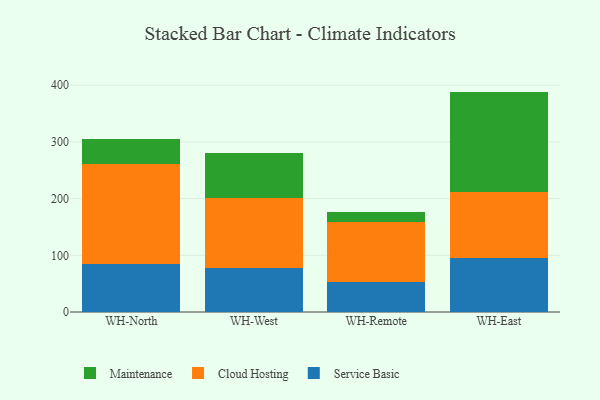
{"axis": {"x": "Warehouse", "y": "Energy Usage (MWh)"}, "legend": ["Cloud Hosting", "Maintenance", "Service Basic"], "data": [{"x": "WH-North", "y": 84.3, "type": "Service Basic"}, {"x": "WH-North", "y": 176.8, "type": "Cloud Hosting"}, {"x": "WH-North", "y": 44.3, "type": "Maintenance"}, {"x": "WH-West", "y": 77.0, "type": "Service Basic"}, {"x": "WH-West", "y": 123.9, "type": "Cloud Hosting"}, {"x": "WH-West", "y": 79.0, "type": "Maintenance"}, {"x": "WH-Remote", "y": 52.1, "type": "Service Basic"}, {"x": "WH-Remote", "y": 107.1, "type": "Cloud Hosting"}, {"x": "WH-Remote", "y": 16.4, "type": "Maintenance"}, {"x": "WH-East", "y": 95.7, "type": "Service Basic"}, {"x": "WH-East", "y": 115.9, "type": "Cloud Hosting"}, {"x": "WH-East", "y": 177.2, "type": "Maintenance"}]}